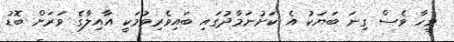
ވީހާ ވެސް ގިނަ ބަޔަކު އެ ކަށުނަމާދުގައި ބައިވެރިވުމަކީ އާއިލާގެ ވަރަށް ބޮޑު